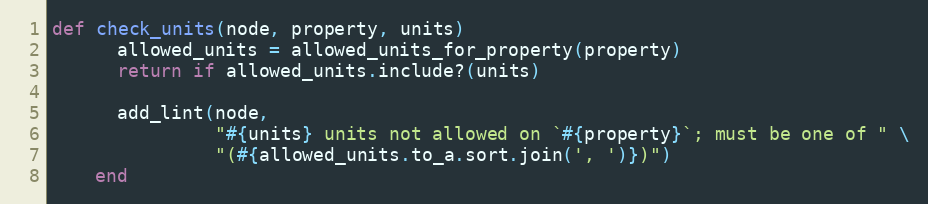
Language: Ruby
def check_units(node, property, units)
      allowed_units = allowed_units_for_property(property)
      return if allowed_units.include?(units)

      add_lint(node,
               "#{units} units not allowed on `#{property}`; must be one of " \
               "(#{allowed_units.to_a.sort.join(', ')})")
    end